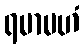
ရမာမဟံ